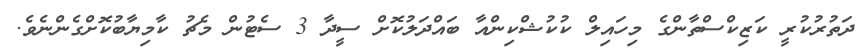
ދަތުރުކުރީ ކަޒިކްސްތާންގެ މިހައިލް ކުކުޝްކިންއާ ބައްދަލުކޮށް ސީދާ 3 ސެޓުން މެޗު ކާމިޔާބުކޮށްގެންނެވެ.